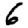
Digit: 6